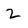
Character: 2